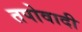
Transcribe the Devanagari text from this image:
तपोवादी